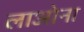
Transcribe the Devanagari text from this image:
लाओना